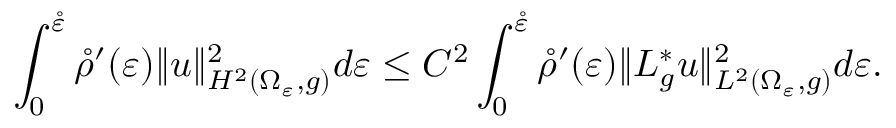
\int _ { 0 } ^ { \mathring \varepsilon } \mathring \rho ^ { \prime } ( \varepsilon ) \| u \| _ { H ^ { 2 } ( \Omega _ { \varepsilon } , g ) } ^ { 2 } d \varepsilon \leq C ^ { 2 } \int _ { 0 } ^ { \mathring \varepsilon } \mathring \rho ^ { \prime } ( \varepsilon ) \| L _ { g } ^ { * } u \| _ { L ^ { 2 } ( \Omega _ { \varepsilon } , g ) } ^ { 2 } d \varepsilon .